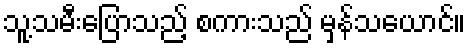
သူ့သမီးပြောသည့် စကားသည် မှန်သယောင်။